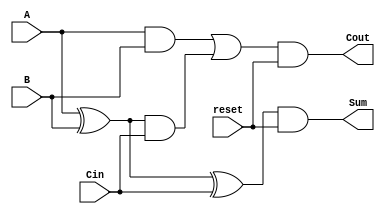
module full_adder (
    input A, // Sumando 1
    input B, // Sumando 2
    input reset, // Seal de reset
    input Cin, // Acarreo de entrada
    output Sum, // Resultado de la suma
    output Cout // Acarreo de salida
);
    wire L, K;

    assign L = A & B;
    assign K = A ^ B;

    assign Sum = (K ^ Cin) & reset;
    assign Cout = (L | (K & Cin)) & reset;

endmodule


module arr_multiplier_4b (InA, InB, Reset, Out);

parameter INPUT_BIT_SIZE = 32;
parameter OUTPUT_BIT_SIZE = (2*INPUT_BIT_SIZE);
parameter ROW_SIZE = INPUT_BIT_SIZE-1;

// Entradas y salidas del modulo
input [INPUT_BIT_SIZE-1:0]          InA;
input [INPUT_BIT_SIZE-1:0]          InB;
input                               Reset;
output [OUTPUT_BIT_SIZE-1:0]        Out;


// Senales internas
wire [INPUT_BIT_SIZE:0] C [INPUT_BIT_SIZE-2:0];             // Carry de cada sumador
wire [INPUT_BIT_SIZE-1:0] Adder_Result [INPUT_BIT_SIZE-1:0];// Resultado de cada sumador
wire zero;                                                  // Senal conectada a cero permanentemente
assign zero = 1'b0;

genvar row, col;
generate
    for (row=0; row<ROW_SIZE; row=row+1) 
    begin:ROW
        if (row == 0) 
        begin
            for (col=0; col<INPUT_BIT_SIZE; col=col+1)
            begin:COL
                if (col == 0)   // Columna 0, Cin=0
                begin
                    full_adder adder (.A(InA[col+1] & InB[row]), .B(InA[col] & InB[row+1]), .Cin(zero), .Cout(C[row][col+1]), .Sum(Adder_Result[row][col]), .reset(Reset));
                    assign Out[row+1] = Adder_Result[row][col];
                end
                else if (col > 0 && col < INPUT_BIT_SIZE-1)   // Columnas intermedias
                begin
                    full_adder adder (.A(InA[col+1] & InB[row]), .B(InA[col] & InB[row+1]), .Cin(C[row][col]), .Cout(C[row][col+1]), .Sum(Adder_Result[row][col]), .reset(Reset));
                end
                else    // Ultima columna, entrada A del sumador es cero
                begin
                    full_adder adder (.A(zero), .B(InA[col] & InB[row+1]), .Cin(C[row][col]), .Cout(C[row][col+1]), .Sum(Adder_Result[row][col]), .reset(Reset));
                end
            end
        end

        else
        begin
            for (col=0; col<INPUT_BIT_SIZE; col=col+1)
            begin:COL
                if (col == 0) // Columna 0, Cin = 0
                begin
                    full_adder adder (.A(Adder_Result[row-1][col+1]), .B(InA[col] & InB[row+1]), .Cin(zero), .Cout(C[row][col+1]), .Sum(Adder_Result[row][col]), .reset(Reset));
                    assign Out[row+1] = Adder_Result[row][col];
                end
                else if (col > 0 && col < INPUT_BIT_SIZE-1)   // Columnas intermedias
                begin
                    full_adder adder (.A(Adder_Result[row-1][col+1]), .B(InA[col] & InB[row+1]), .Cin(C[row][col]), .Cout(C[row][col+1]), .Sum(Adder_Result[row][col]), .reset(Reset));
                end
                else    // Ultima columna, entrada A del sumador es C[row-1][col+1]
                begin
                    full_adder adder (.A(C[row-1][col+1]), .B(InA[col] & InB[row+1]), .Cin(C[row][col]), .Cout(C[row][col+1]), .Sum(Adder_Result[row][col]), .reset(Reset));
                end
            end
        end
    end
endgenerate

// Asignar resultado final
assign Out[OUTPUT_BIT_SIZE-1: ROW_SIZE] = {C[ROW_SIZE-1][INPUT_BIT_SIZE], Adder_Result[ROW_SIZE-1][INPUT_BIT_SIZE-1:0]};
assign Out [0] = InA[0]&InB[0];
endmodule